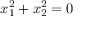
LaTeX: x _ { 1 } ^ { 2 } + x _ { 2 } ^ { 2 } = 0